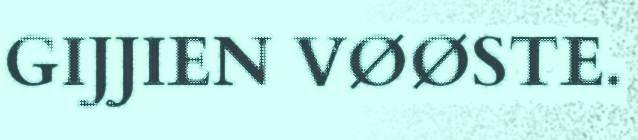
GIJJIEN VØØSTE.